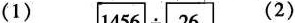
(1) (2)